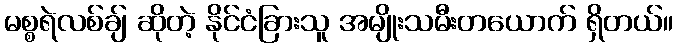
မစ္စရဲလစ်ချ် ဆိုတဲ့ နိုင်ငံခြားသူ အမျိုးသမီးတယောက် ရှိတယ်။